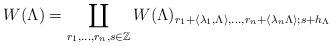
LaTeX: \begin{align*} W(\Lambda) = \coprod_{r_1,\dots,r_n,s \in \mathbb{Z}}W(\Lambda)_{r_1+\langle\lambda_1,\Lambda\rangle,\dots, r_n+\langle\lambda_n\Lambda\rangle;s+h_{\Lambda}}\end{align*}